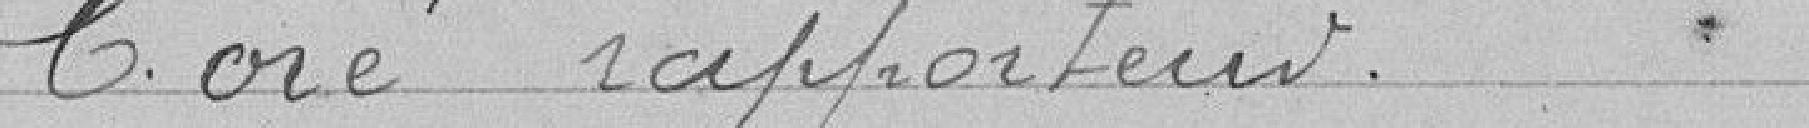
Coré rapporteur.